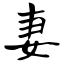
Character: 妻